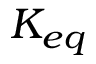
K _ { e q }